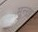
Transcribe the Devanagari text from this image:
मुन्ख़